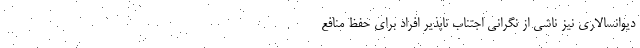
دیوانسالاری نیز ناشی از نگرانی اجتناب ناپذیر افراد برای حفظ منافع